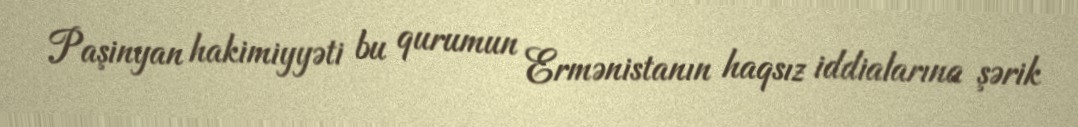
Paşinyan hakimiyyəti bu qurumun Ermənistanın haqsız iddialarına şərik